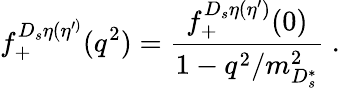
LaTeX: f_{+}^{D_{s}\eta(\eta^{\prime)}}(q^{2})={\frac{f_{+}^{D_{s}\eta(\eta^{\prime})}(0)}{1-q^{2}/m_{D_{s}^{*}}^{2}}}\; .